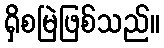
ရှိစမြဲဖြစ်သည်။